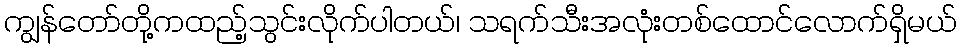
ကျွန်တော်တို့ကထည့်သွင်းလိုက်ပါတယ်၊ သရက်သီးအလုံးတစ်ထောင်လောက်ရှိမယ်